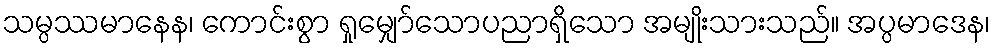
သမ္ပဿမာနေန၊ ကောင်းစွာ ရှုမျှော်သောပညာရှိသော အမျိုးသားသည်။ အပ္ပမာဒေန၊